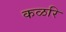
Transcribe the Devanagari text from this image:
कळरि